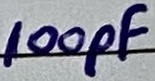
Text: 100pF